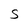
Character: s